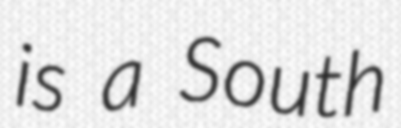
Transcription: is a South